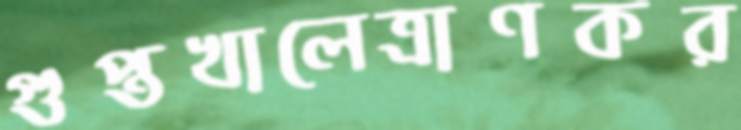
গুপ্তখালেত্রাণকর